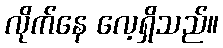
လိုက်နေ လေ့ရှိသည်။